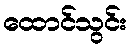
ထောင်သွင်း